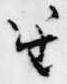
笙